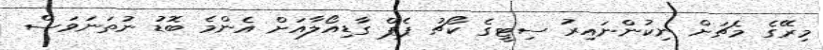
މިރޭގެ މެޗަށް ނިކުންނައިރު ސިޓީގެ ކޯޗު ޕެޕް ގާޑިއޯލާއަށް އެންމެ ބޮޑު ނުތަނަވަސް